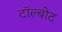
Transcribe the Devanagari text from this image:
टॉल्बोट